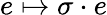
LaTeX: e\mapsto\sigma\cdot e